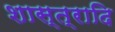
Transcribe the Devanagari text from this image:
शास्त्रादि